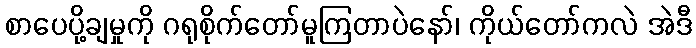
စာပေပို့ချမှုကို ဂရုစိုက်တော်မူကြတာပဲနော်၊ ကိုယ်တော်ကလဲ အဲဒီ